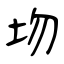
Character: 圽